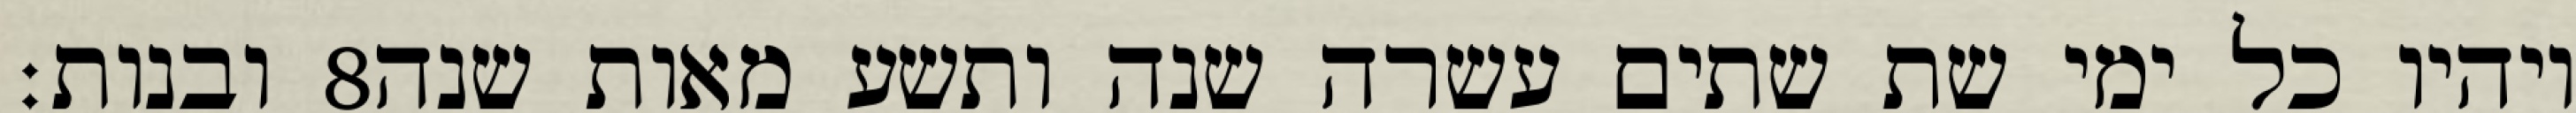
ובנות׃ ‎8‏ ויהיו כל ימי שת שתים עשרה שנה ותשע מאות שנה